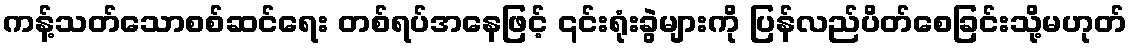
ကန့်သတ်သောစစ်ဆင်ရေး တစ်ရပ်အနေဖြင့် ၎င်းရုံးခွဲများကို ပြန်လည်ပိတ်စေခြင်းသို့မဟုတ်